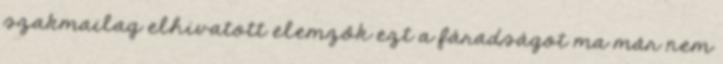
szakmailag elhivatott elemzők ezt a fáradságot ma már nem